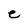
Character: e